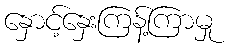
နှောင့်နှေးကြန့်ကြာမှု